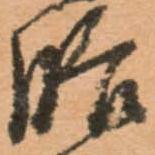
膳